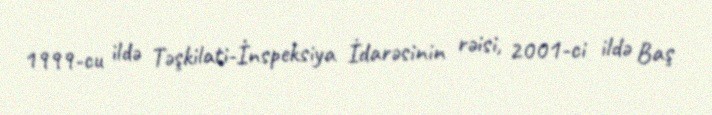
1999-cu ildə Təşkilati-İnspeksiya İdarəsinin rəisi, 2001-ci ildə Baş